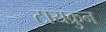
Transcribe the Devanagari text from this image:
टायक्रुन